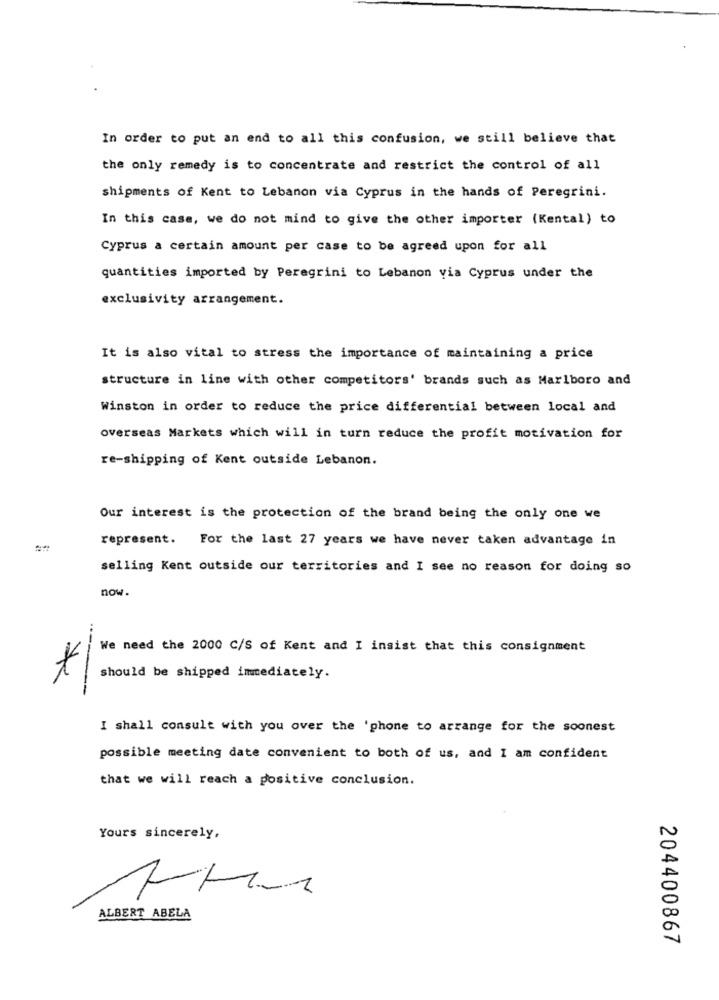
In order to put an end to all this confusion, we still believe that
the only remedy is to concentrate and restrict the control of all
shipments of Kent to Lebanon via Cyprus in the hands of Peregrini.
In this case, we do not mind to give the other importer (Kental) to
Cyprus a certain amount per case to be agreed upon for all
quantities imported by Peregrini to Lebanon via Cyprus under the
exclusivity arrangement.
It is also vital to stress the importance of maintaining a price
structure in line with other competitors' brands such as Marlboro and
Winston in order to reduce the price differential between local and
overseas Markets which will in turn reduce the profit motivation for
re-shipping of Kent outside Lebanon.
Our interest is the protection of the brand being the only one we
represent. For the last 27 years we have never taken advantage in
selling Kent outside our territories and I see no reason for doing so
now.
We need the 2000 C/S of Kent and I insist that this consignment
1
*
should be shipped immediately.
I shall consult with you over the 'phone to arrange for the soonest
possible meeting date convenient to both of us, and I am confident
that we will reach a positive conclusion.
Yours sincerely,
ALBERT ABELA
204400867